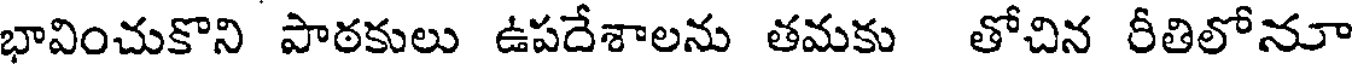
భావించుకొని పాఠకులు ఉపదేశాలను తమకు తోచిన రీతిలోనూ